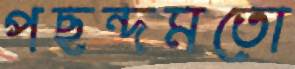
পছন্দমতো